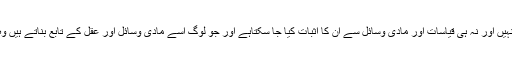
‘نیز حلال و حرام عقل کے تابع نہیں اور نہ ہی قیاسات اور مادی وسائل سے ان کا اثبات کیا جا سکتاہے اور جو لوگ اسے مادی وسائل اور عقل کے تابع بناتے ہیں وہ گمراہی میں مبتلا ہو جاتے ہیں۔